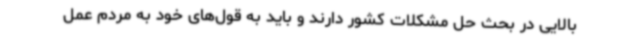
بالایی در بحث حل مشکلات کشور دارند و باید به قول‌های خود به مردم عمل